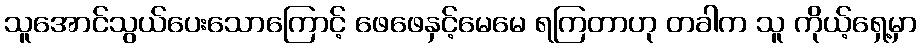
သူအောင်သွယ်ပေးသောကြောင့် ဖေဖေနှင့်မေမေ ရကြတာဟု တခါက သူ ကိုယ့်ရှေ့မှာ